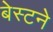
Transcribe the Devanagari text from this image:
बेस्टने